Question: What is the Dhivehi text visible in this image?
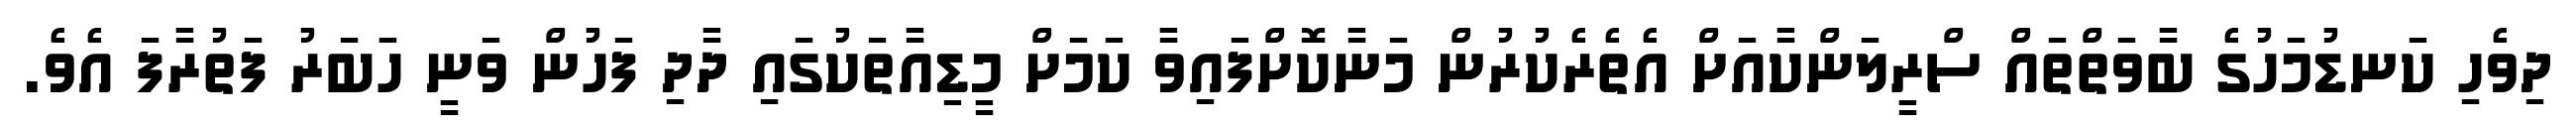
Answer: ދިވެހި ކަނޑުމަހުގެ ބާވަތްތައް ސްރީލަންކާއަށް އެތެރެކުރުން މަނާކޮށްފައިވާ ކަމަށް މީޑިއާތަކުގައި ދާދި ފަހުން ވަނީ ހަބަރު ފަތުރާފަ އެވެ.